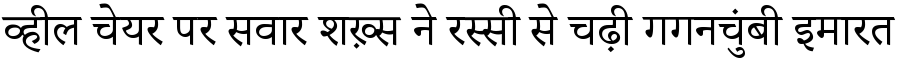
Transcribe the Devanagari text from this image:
व्हील चेयर पर सवार शख़्स ने रस्सी से चढ़ी गगनचुंबी इमारत